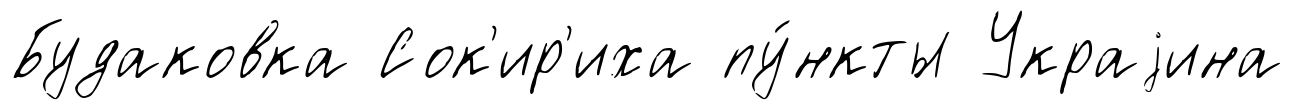
Будаковка Сок'ир'иха пу́нкты Украjина